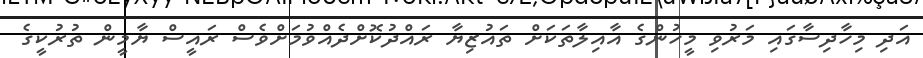
އަދި މިހާދިސާގައި މަރުވި މީހުންގެ އާއިލާތަކަށް ތައުޒިޔާ ރައްދުކޮށްދެއްވުމަށްވެސް ރައީސް ޔާމީން ތުރުކީގެ